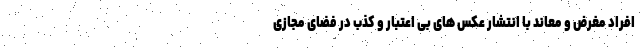
افراد مغرض و معاند با انتشار عکس های بی اعتبار و کذب در فضای مجازی